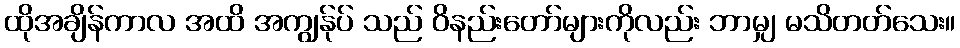
ထိုအချိန်ကာလ အထိ အကျွန်ုပ် သည် ဝိနည်းတော်များကိုလည်း ဘာမျှ မသိတတ်သေး။